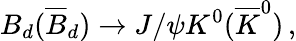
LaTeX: B_{d}(\overline{{B}}_{d})\rightarrow J/\psi K^{0}(\overline{{K}}^{0})\, ,